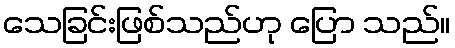
သေခြင်းဖြစ်သည်ဟု ပြော သည်။